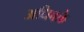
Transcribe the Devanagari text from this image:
अधिवक्ते